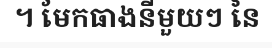
។ មែកធាងនីមួយៗ នៃ